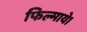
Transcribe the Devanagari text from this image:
फिल्माये।